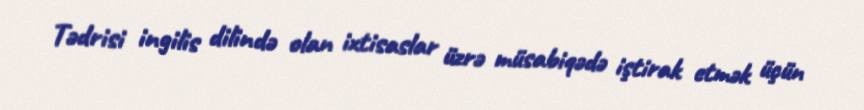
Tədrisi ingilis dilində olan ixtisaslar üzrə müsabiqədə iştirak etmək üçün